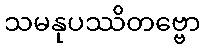
သမနုပဿိတဗ္ဗော